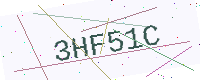
Text: 3HF51C